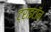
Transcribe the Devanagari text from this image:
ट्राइटॉन